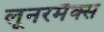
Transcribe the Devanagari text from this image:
लूनरमैक्स